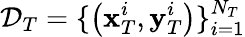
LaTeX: \mathcal{D}_{T}=\{ \left(\mathbf{x}_{T}^{i},\mathbf{y}_{T}^{i}\right)\} _{i=1}^{N_{T}}